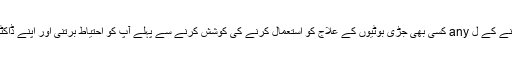
اپنے علامات کو دور کرنے کے ل any کسی بھی جڑی بوٹیوں کے علاج کو استعمال کرنے کی کوشش کرنے سے پہلے آپ کو احتیاط برتنی اور اپنے ڈاکٹر سے بات کرنی چاہئے۔